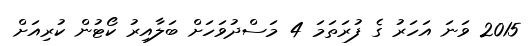
2015 ވަނަ އަހަރު ގެ ފުރަތަމަ 4 މަސްދުވަހަށް ބަލާއިރު ކޯޓުން ކުރިއަށް